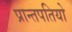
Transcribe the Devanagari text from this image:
प्रान्तपतियो